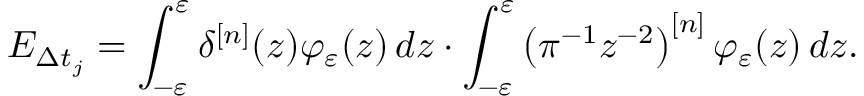
E _ { \Delta t _ { j } } = \int _ { - \varepsilon } ^ { \varepsilon } \delta ^ { [ n ] } ( z ) \varphi _ { \varepsilon } ( z ) \mathop { } \! { d { z } } \cdot \int _ { - \varepsilon } ^ { \varepsilon } \left( \pi ^ { - 1 } z ^ { - 2 } \right) ^ { [ n ] } \varphi _ { \varepsilon } ( z ) \mathop { } \! { d { z } } .